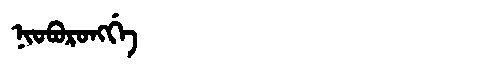
Manchu: ᠨᡳᠣᠪᠣᡵᠣᠩᡤᡝ
Romanization: NIOBORONGGE